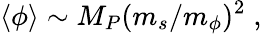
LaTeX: \langle\phi\rangle\sim M_{P}(m_{s}/m_{\phi})^{2}\; ,